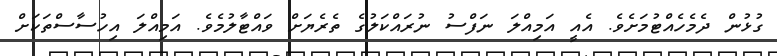
ގުޅުން ދެމެހެއްޓުމަށެވެ. އެއީ އަމިއްލަ ނަފްސު ނުރައްކަލުގެ ތެރެޔަށް ވައްޓާލުމެވެ. އަމިއްލަ އިހުސާސްތަކަށް